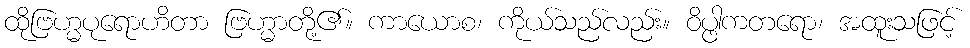
ထိုဗြဟ္မပုရောဟိတာ ဗြဟ္မာတို့၏။ ကာယောစ၊ ကိုယ်သည်လည်း။ ဝိပ္ဖါကတရော၊ အထူးသဖြင့်